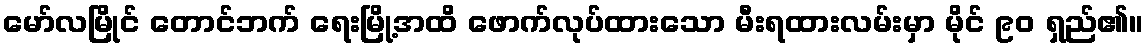
မော်လမြိုင် တောင်ဘက် ရေးမြို့အထိ ဖောက်လုပ်ထားသော မီးရထားလမ်းမှာ မိုင် ၉၀ ရှည်၏။